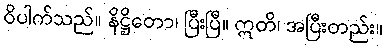
ဝိပါက်သည်။ နိဋ္ဌိတော၊ ပြီးပြီ။ ဣတိ၊ အပြီးတည်း။